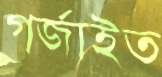
গর্‌জাইত